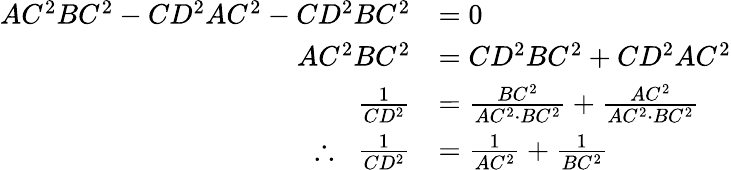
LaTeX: {\begin{array}{rl}{AC^{2}BC^{2}-CD^{2}AC^{2}-CD^{2}BC^{2}}&{=0}\\ {AC^{2}BC^{2}}&{=CD^{2}BC^{2}+CD^{2}AC^{2}}\\ {{\frac{1}{CD^{2}}}}&{={\frac{BC^{2}}{AC^{2}\cdot BC^{2}}}+{\frac{AC^{2}}{AC^{2}\cdot BC^{2}}}}\\ {\therefore\; \; {\frac{1}{CD^{2}}}}&{={\frac{1}{AC^{2}}}+{\frac{1}{BC^{2}}}}\end{array}}